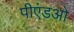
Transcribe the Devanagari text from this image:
पीएंडओ